Civil Veterinary Department Bihar & Orissa reports 1929-36 - 1929-1936
Year: 1929
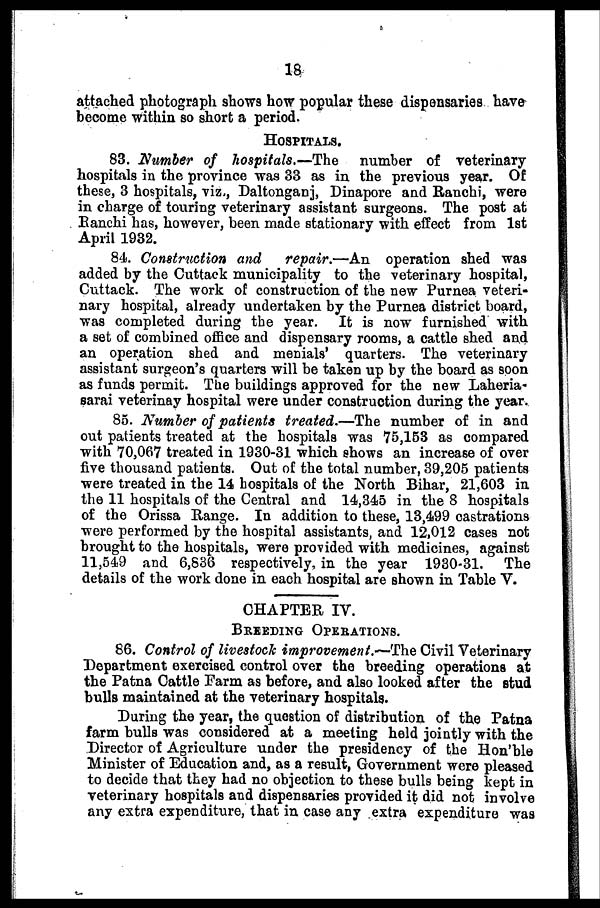
18
attached photograph shows how popular these dispensaries have
become within so short a period,
HOSPITALS.
83. Number of hospitals.—The number of veterinary-
hospitals in the province was 33 as in the previous year. Of
these, 3 hospitals, viz., Daltonganj, Dinapore and Ranchi, were
in charge of touring veterinary assistant surgeons. The post at
Ranchi has, however, been made stationary with effect from 1st
April 1932.
84. Construction and repair.—An operation shed was
added by the Cuttack municipality to the veterinary hospital,
Cuttack. The work of construction of the new Purnea veteri-
nary hospital, already undertaken by the Purnea district board,
was completed during the year. It is now furnished with
a set of combined office and dispensary rooms, a cattle shed and
an operation shed and menials' quarters. The veterinary
assistant surgeon's quarters will be taken up by the board as soon
as funds permit. The buildings approved for the new Laheria-
sarai veterinay hospital were under construction during the year.
85. Number of patients treated.—The number of in and
out patients treated at the hospitals was 75,153 as compared
with 70,067 treated in 1930-31 which shows an increase of over
five thousand patients. Out of the total number, 39,205 patients
were treated in the 14 hospitals of the North Bihar, 21,603 in
the 11 hospitals of the Central and 14,345 in the 8 hospitals
of the Orissa Range. In addition to these, 13,499 castrations
were performed by the hospital assistants, and 12,012 cases not
brought to the hospitals, were provided with medicines, against
11,549 and 6,836 respectively, in the year 1930-31. The
details of the work done in each hospital are shown in Table V.
CHAPTER IV.
BREEDING OPERATIONS.
86. Control of livestock improvement.—The Civil Veterinary
Department exercised control over the breeding operations at
the Patna Cattle Farm as before, and also looked after the stud
bulls maintained at the veterinary hospitals.
During the year, the question of distribution of the Patna
farm bulls was considered at a meeting held jointly with the
Director of Agriculture under the presidency of the Hon'ble
Minister of Education and, as a result, Government were pleased
to decide that they had no objection to these bulls being kept in
veterinary hospitals and dispensaries provided it did not involve
any extra expenditure, that in case any extra expenditure was